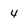
Character: 4